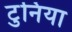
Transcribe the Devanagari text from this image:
टुनिया